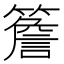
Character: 簷